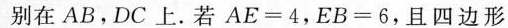
别在AB，DC上。若$$A E = 4$$，$$E B = 6$$，且四边形